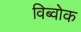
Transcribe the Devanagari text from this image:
विब्वोक